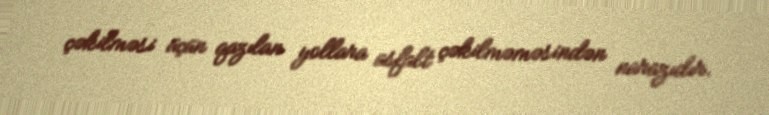
çəkilməsi üçün qazılan yollara asfalt çəkilməməsindən narazıdır.